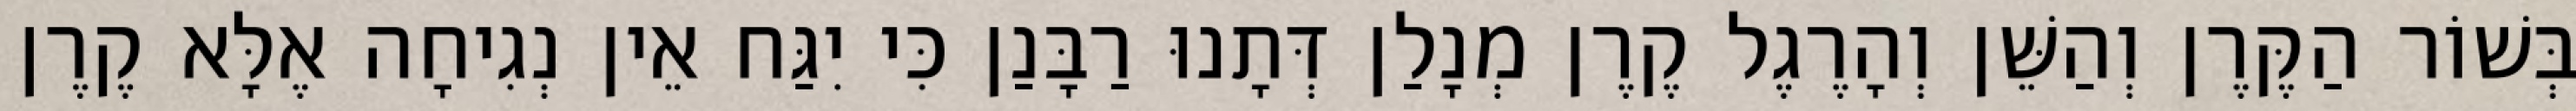
בְּשׁוֹר הַקֶּרֶן וְהַשֵּׁן וְהָרֶגֶל קֶרֶן מְנָלַן דְּתָנוּ רַבָּנַן כִּי יִגַּח אֵין נְגִיחָה אֶלָּא קֶרֶן